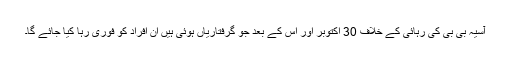
آسیہ بی بی کی رہائی کے خلاف 30 اکتوبر اور اس کے بعد جو گرفتاریاں ہوئی ہیں اُن افراد کو فوری رہا کیا جائے گا۔